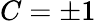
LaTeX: C=\pm 1